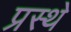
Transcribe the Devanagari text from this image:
प्रस्थे